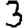
Digit: 3